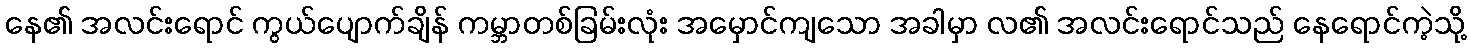
နေ၏ အလင်းရောင် ကွယ်ပျောက်ချိန် ကမ္ဘာတစ်ခြမ်းလုံး အမှောင်ကျသော အခါမှာ လ၏ အလင်းရောင်သည် နေရောင်ကဲ့သို့